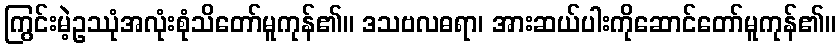
ကြွင်းမဲ့ဥဿုံအလုံးစုံသိတော်မူကုန်၏။ ဒသဗလဓရာ၊ အားဆယ်ပါးကိုဆောင်တော်မူကုန်၏။